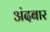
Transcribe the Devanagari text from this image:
अंदबार